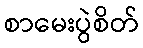
စာမေးပွဲစိတ်